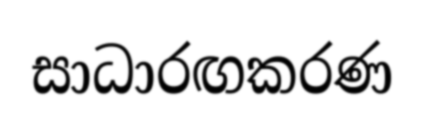
සාධාරඟකරණ